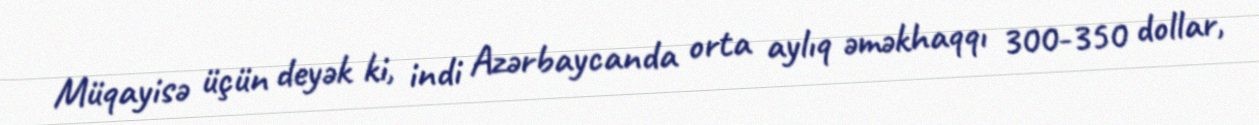
Müqayisə üçün deyək ki, indi Azərbaycanda orta aylıq əməkhaqqı 300-350 dollar,